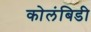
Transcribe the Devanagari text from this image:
कोलंबिडी